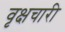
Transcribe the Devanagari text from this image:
वृक्षचारी